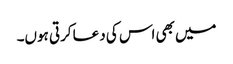
میں بھی اس کی دعا کرتی ہوں۔